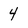
Character: 4